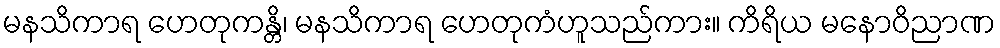
မနသိကာရ ဟေတုကန္တိ၊ မနသိကာရ ဟေတုကံဟူသည်ကား။ ကိရိယ မနောဝိညာဏ